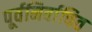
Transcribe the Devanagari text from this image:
पूर्वनिर्वाचित